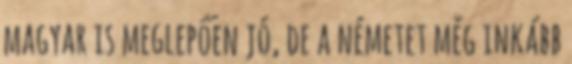
magyar is meglepően jó, de a németet még inkább